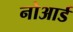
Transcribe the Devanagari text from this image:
नोआर्ड